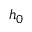
{ \mathfrak { h } } _ { 0 }